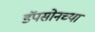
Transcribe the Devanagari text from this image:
डॅपसोनच्या